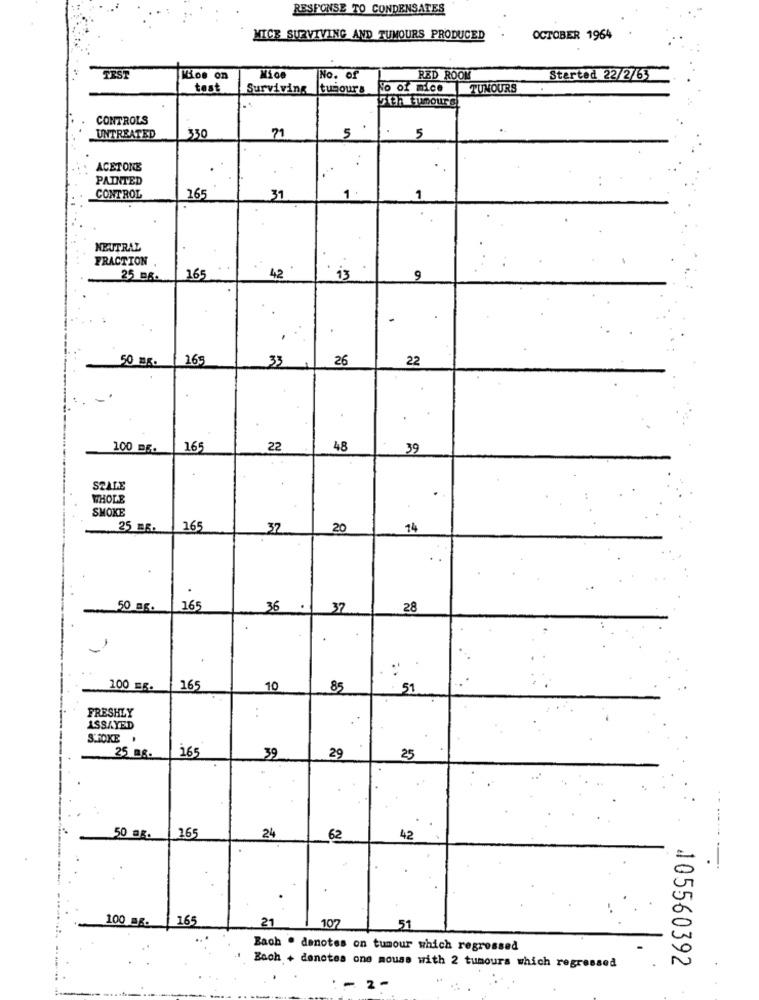
RESPONSE TO CONDENSATES
MICE SURVIVING AND TUMOURS PRODUCED
OCTOBER 1964
TEST
Kios on
No. of
RED ROOM
Started 22/2/63
test
Surviving
tumour's
No of mice TUNOURS
17137 tumours
CONTROLS
71
5
.
UNTREATED
330
5
ACETONE
PAINTED
1.
CONTROL
165
31
1
NEUTRAL
FRACTION
25 B6.
165
42
13
9
50 m.
165
33
26
22
100 mr.
16
22
48
39
SZALE
WHOLE
SMOKE
25 E.
165
37
20
14
50 mg.
165
36
.
37
28
100 ER.
165
10
85
51
FRESHLY
ASSAYED
STOKE .
165
25 08.
39
29
25
165
50 ag.
24
62
42
100 mg.
16
21
107
51
Bach . denotes on tumour which regressed
Bach + denotes one mouse with 2 tumours which regressed
105560392
.
2-